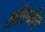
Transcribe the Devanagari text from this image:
क्रीस्चीन